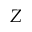
Z